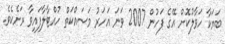
ބަޔަކާ ހަވާލުކޮށް އޭގެ ފަހުން 2007 ވަނަ އަހަރު މަސައްކަތް ހުއްޓާލާފައިވާ ރަށެކެވެ.